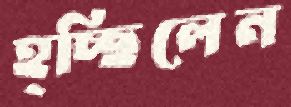
হ্চ্ছিলেন